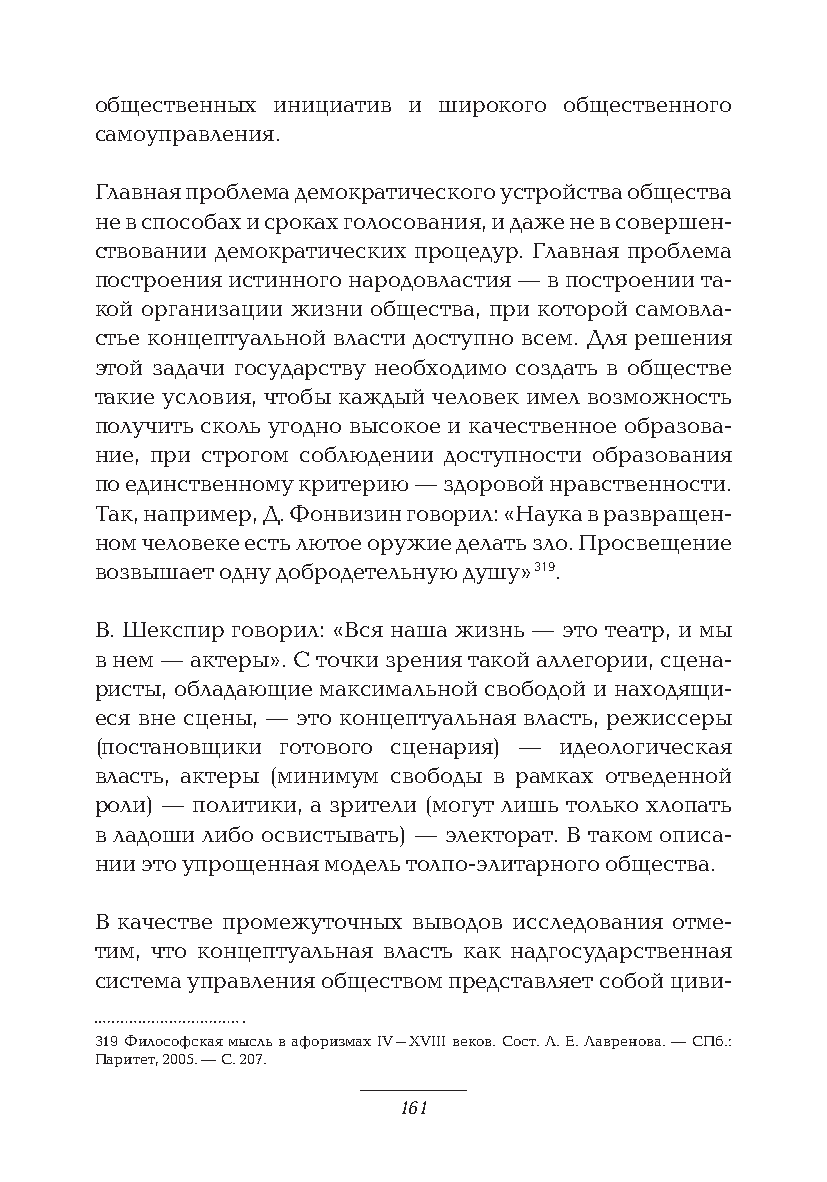
общественных инициатив и широкого общественного
 самоуправления.
 Главная проблема демократического устройства общества
 не в способах и сроках голосования, и даже не в совершен-
 ствовании демократических процедур. Главная проблема
 построения истинного народовластия — в построении та-
 кой организации жизни общества, при которой самовла-
 стье концептуальной власти доступно всем. Для решения
 этой задачи государству необходимо создать в обществе
 такие условия, чтобы каждый человек имел возможность
 получить сколь угодно высокое и качественное образова-
 ние, при строгом соблюдении доступности образования
 по единственному критерию — здоровой нравственности.
 Так, например, Д. Фонвизин говорил: «Наука в развращен-
 ном человеке есть лютое оружие делать зло. Просвещение
 возвышает одну добродетельную душу» 319.
 В. Шекспир говорил: «Вся наша жизнь — это театр, и мы
 в нем — актеры». С точки зрения такой аллегории, сцена-
 ристы, обладающие максимальной свободой и находящи-
 еся вне сцены, — это концептуальная власть, режиссеры
 (постановщики готового сценария) — идеологическая
 власть, актеры (минимум свободы в рамках отведенной
 роли) — политики, а зрители (могут лишь только хлопать
 в ладоши либо освистывать) — электорат. В таком описа-
 нии это упрощенная модель толпо-элитарного общества.
 В качестве промежуточных выводов исследования отме-
 тим, что концептуальная власть как надгосударственная
 система управления обществом представляет собой циви-
 319 Философская мысль в афоризмах IV–XVIII веков. Сост. Л. Е. Лавренова. — СПб.:
 Паритет, 2005. — С. 207.
 161